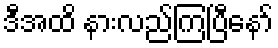
ဒီအထိ နားလည်ကြပြီနော်